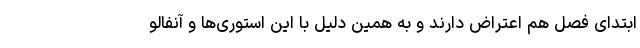
ابتدای فصل هم اعتراض دارند و به همین دلیل با این استوری‌ها و آنفالو